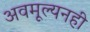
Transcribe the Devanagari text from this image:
अवमूल्यनही